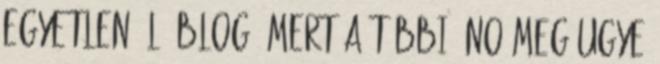
egyetlen élő blog, mert a többi. No meg ugye